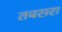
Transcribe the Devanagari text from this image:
तबसरा